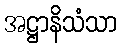
အဋ္ဌာနိသံသာ